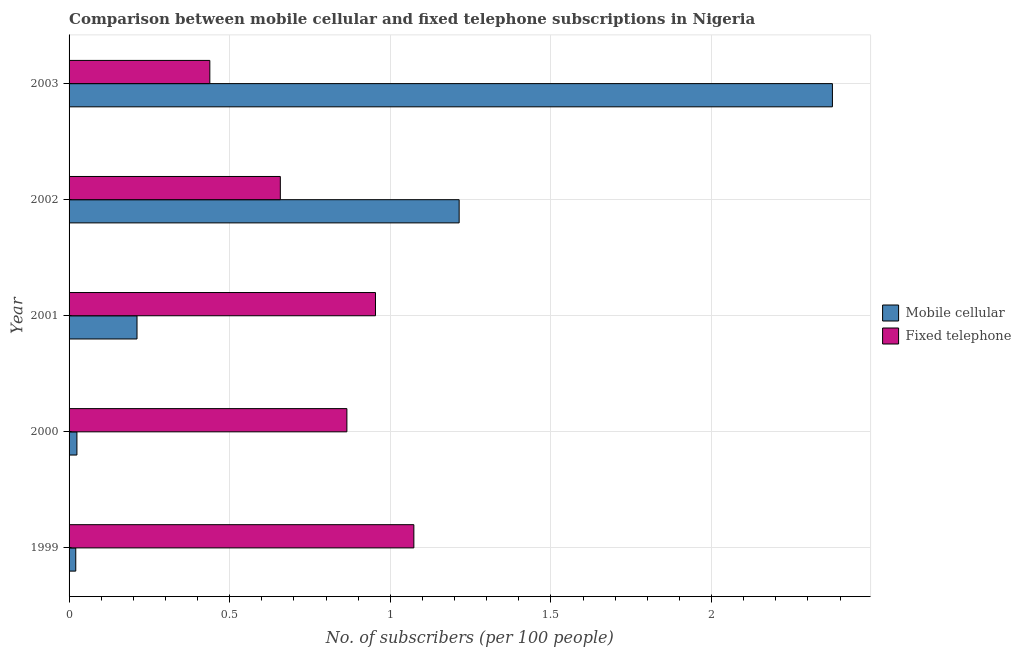
| Year | Mobile cellular | Fixed telephone |
 | --- | --- | --- |
 | 1999 | 0.0209 | 1.07 |
 | 2000 | 0.0244 | 0.865 |
 | 2001 | 0.211 | 0.954 |
 | 2002 | 1.21 | 0.658 |
 | 2003 | 2.38 | 0.438 |